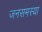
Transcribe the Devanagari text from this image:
जनसमस्या